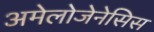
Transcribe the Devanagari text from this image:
अमेलोजेनेसिस